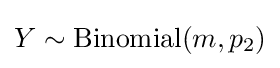
Y\sim {\text{Binomial}}(m,p_{2})